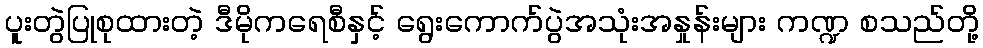
ပူးတွဲပြုစုထားတဲ့ ဒီမိုကရေစီနှင့် ရွေးကောက်ပွဲအသုံးအနှုန်းများ ကဏ္ဍ စသည်တို့